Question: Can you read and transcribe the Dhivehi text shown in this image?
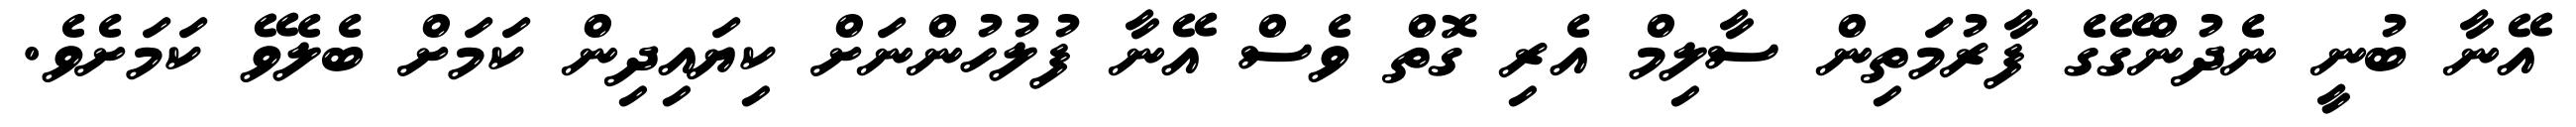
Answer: އޭނާ ބުނީ ނެދުންގޭގެ ފާރުމަތިން ސާލިމް އެރި ގޮތް ވެސް އޭނާ ފުލުހުންނަށް ކިޔައިދިން ކަމަށް ބެލެވޭ ކަމަށެވެ.